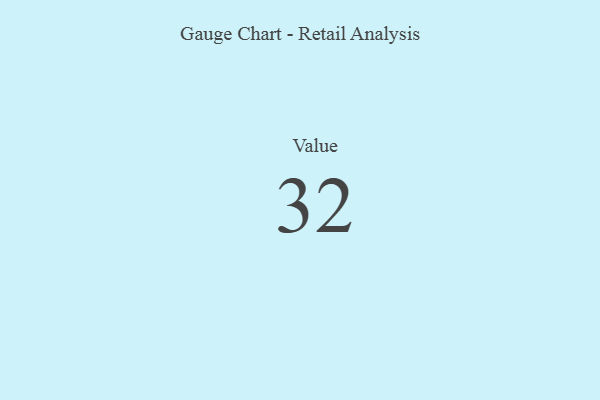
{"axis": {"x": "Metric", "y": "Value"}, "legend": [""], "data": [{"x": "Value", "y": 32, "type": ""}]}